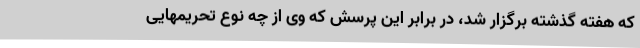
که هفته گذشته برگزار شد، در برابر این پرسش که وی از چه نوع تحریمهایی